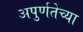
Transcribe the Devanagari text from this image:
अपुर्णतेच्या